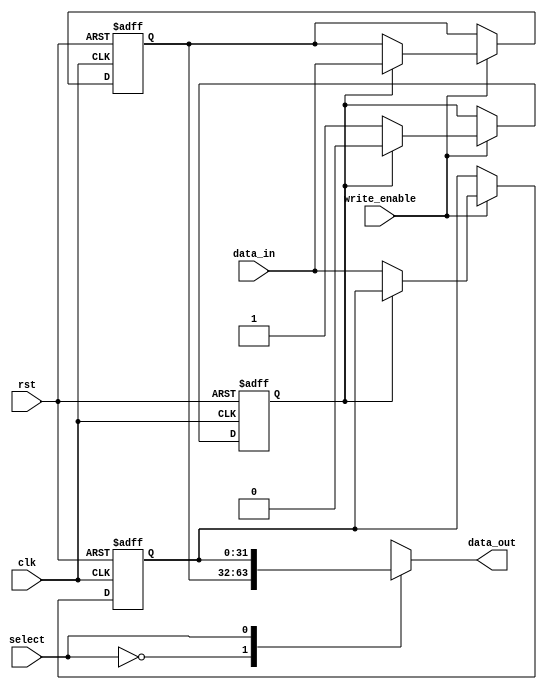
module double_buffer_register (
    input wire clk,
    input wire rst,
    input wire write_enable,
    input wire [31:0] data_in, // Assuming 32-bit data width
    input wire select,          // 0 for buffer0, 1 for buffer1
    output reg [31:0] data_out  // Output data bus
);

    // Declare the two buffers
    reg [31:0] buffer0;
    reg [31:0] buffer1;

    // State variable to track which buffer is currently inactive for writing
    reg current_buffer;

    // Asynchronous reset and data writing logic
    always @(posedge clk or posedge rst) begin
        if (rst) begin
            buffer0 <= 32'b0; // Clear buffer0
            buffer1 <= 32'b0; // Clear buffer1
            current_buffer <= 1'b0; // Start with buffer0 inactive
        end else begin
            if (write_enable) begin
                // Write to the inactive buffer
                if (current_buffer == 1'b0) begin
                    buffer1 <= data_in; // Write to buffer1
                    current_buffer <= 1'b1; // Switch to buffer1
                end else begin
                    buffer0 <= data_in; // Write to buffer0
                    current_buffer <= 1'b0; // Switch to buffer0
                end
            end
        end
    end

    // Output logic based on selected buffer
    always @(*) begin
        case (select)
            1'b0: data_out = buffer0; // Read from buffer0
            1'b1: data_out = buffer1; // Read from buffer1
            default: data_out = 32'b0; // Default case (should not occur)
        endcase
    end

endmodule